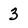
Character: 3